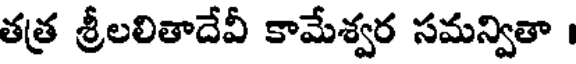
తత్ర శ్రీలలితాదేవీ కామేశ్వర సమన్వితా ।